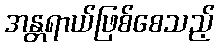
အန္တရာယ်ဖြစ်စေသည့်